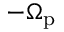
- \Omega _ { \mathrm { p } }